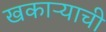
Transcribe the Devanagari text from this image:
खकाऱ्याची